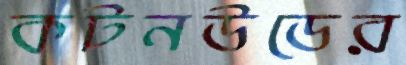
কটনউডের